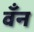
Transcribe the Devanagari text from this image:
वँन